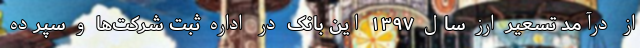
از درآمد تسعیر ارز سال ۱۳۹۷ این بانک در اداره ثبت شرکت‌ها و سپرده